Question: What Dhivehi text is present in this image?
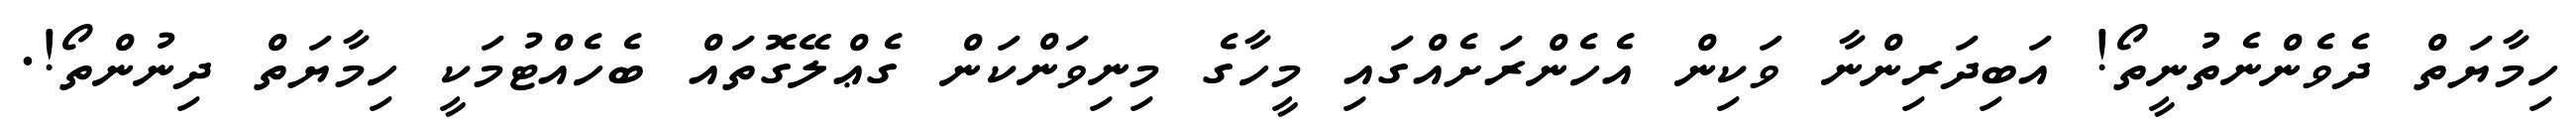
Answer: ހިމާޔަތް ދެވެންނެތުނީތޯ! އަބިދަރިންނާ ވަކިން އެހެންރަށެއްގައި މީހާގެ މިނިވަންކަން ގެޢްލޭގޮތައް ބެހެއްޓުމަކީ ހިމާޔަތް ދިނުންތޯ!.